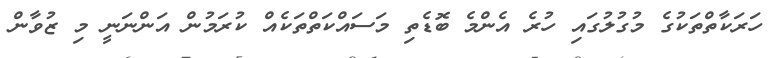
ހަރަކާތްތަކުގެ މުގުލުގައި ހުރެ އެންމެ ބޮޑެތި މަސައްކަތްތަކެއް ކުރަމުން އަންނަނީ މި ޒުވާން